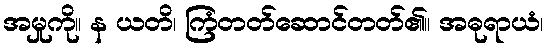
အမှုကို။ န ယတိ၊ ကြံတတ်ဆောင်တတ်၏။ အဓုရာယံ၊